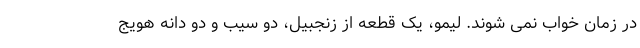
در زمان خواب نمی شوند. لیمو، یک قطعه از زنجبیل، دو سیب و دو دانه هویج